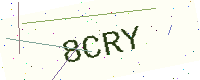
Text: 8CRY